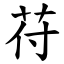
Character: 苻